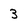
Character: 3